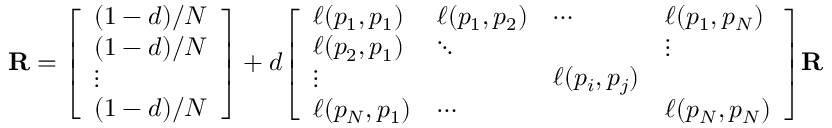
\mathbf { R } = { \left[ \begin{array} { l } { { ( 1 - d ) / N } } \\ { { ( 1 - d ) / N } } \\ { \vdots } \\ { { ( 1 - d ) / N } } \end{array} \right] } + d { \left[ \begin{array} { l l l l } { \ell ( p _ { 1 } , p _ { 1 } ) } & { \ell ( p _ { 1 } , p _ { 2 } ) } & { \cdots } & { \ell ( p _ { 1 } , p _ { N } ) } \\ { \ell ( p _ { 2 } , p _ { 1 } ) } & { \ddots } & & { \vdots } \\ { \vdots } & & { \ell ( p _ { i } , p _ { j } ) } & \\ { \ell ( p _ { N } , p _ { 1 } ) } & { \cdots } & & { \ell ( p _ { N } , p _ { N } ) } \end{array} \right] } \mathbf { R }